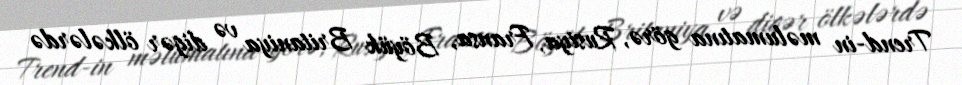
Trend-in məlumatına görə, Rusiya, Fransa, Böyük Britaniya və digər ölkələrdə